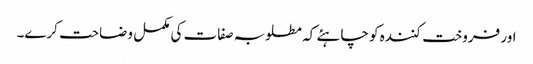
اور فروخت کنندہ کو چاہئے کہ مطلوبہ صفات کی مکمل وضاحت کرے۔